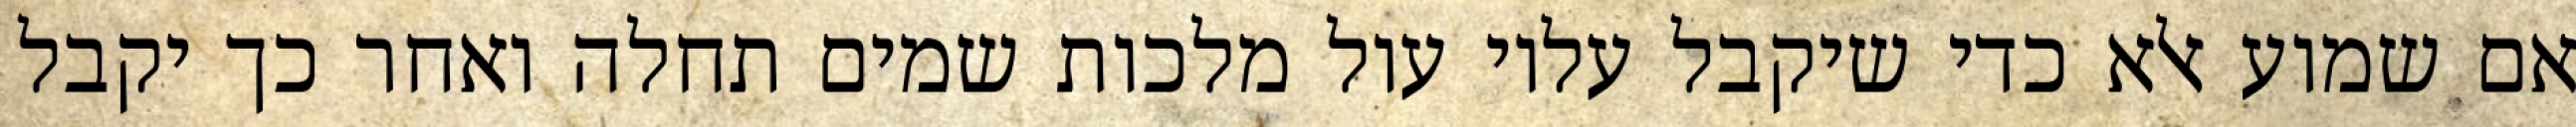
אם שמוע אלא כדי שיקבל עליו עול מלכות שמים תחלה ואחר כך יקבל